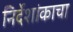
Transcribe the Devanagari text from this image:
निर्देशांकाचा